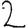
Digit: 2